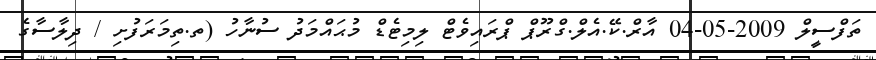
ތަފްސީލް 2009-05-04 އާރް.ކޭ.އެލް.ގްރޫޕް ޕްރައިވެޓް ލިމިޓެޑް މުޙައްމަދު ސުނާހު (ތ.ތިމަރަފުށި / ދިލާސާގެ